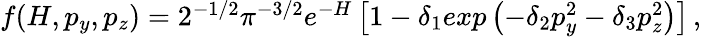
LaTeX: \begin{array}{r}{f(H,p_{y},p_{z})=2^{-1/2}\pi^{-3/2}e^{-H}\left[1-\delta_{1}exp\left(-\delta_{2}p_{y}^{2}-\delta_{3}p_{z}^{2}\right)\right]\, ,}\end{array}